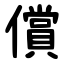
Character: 償